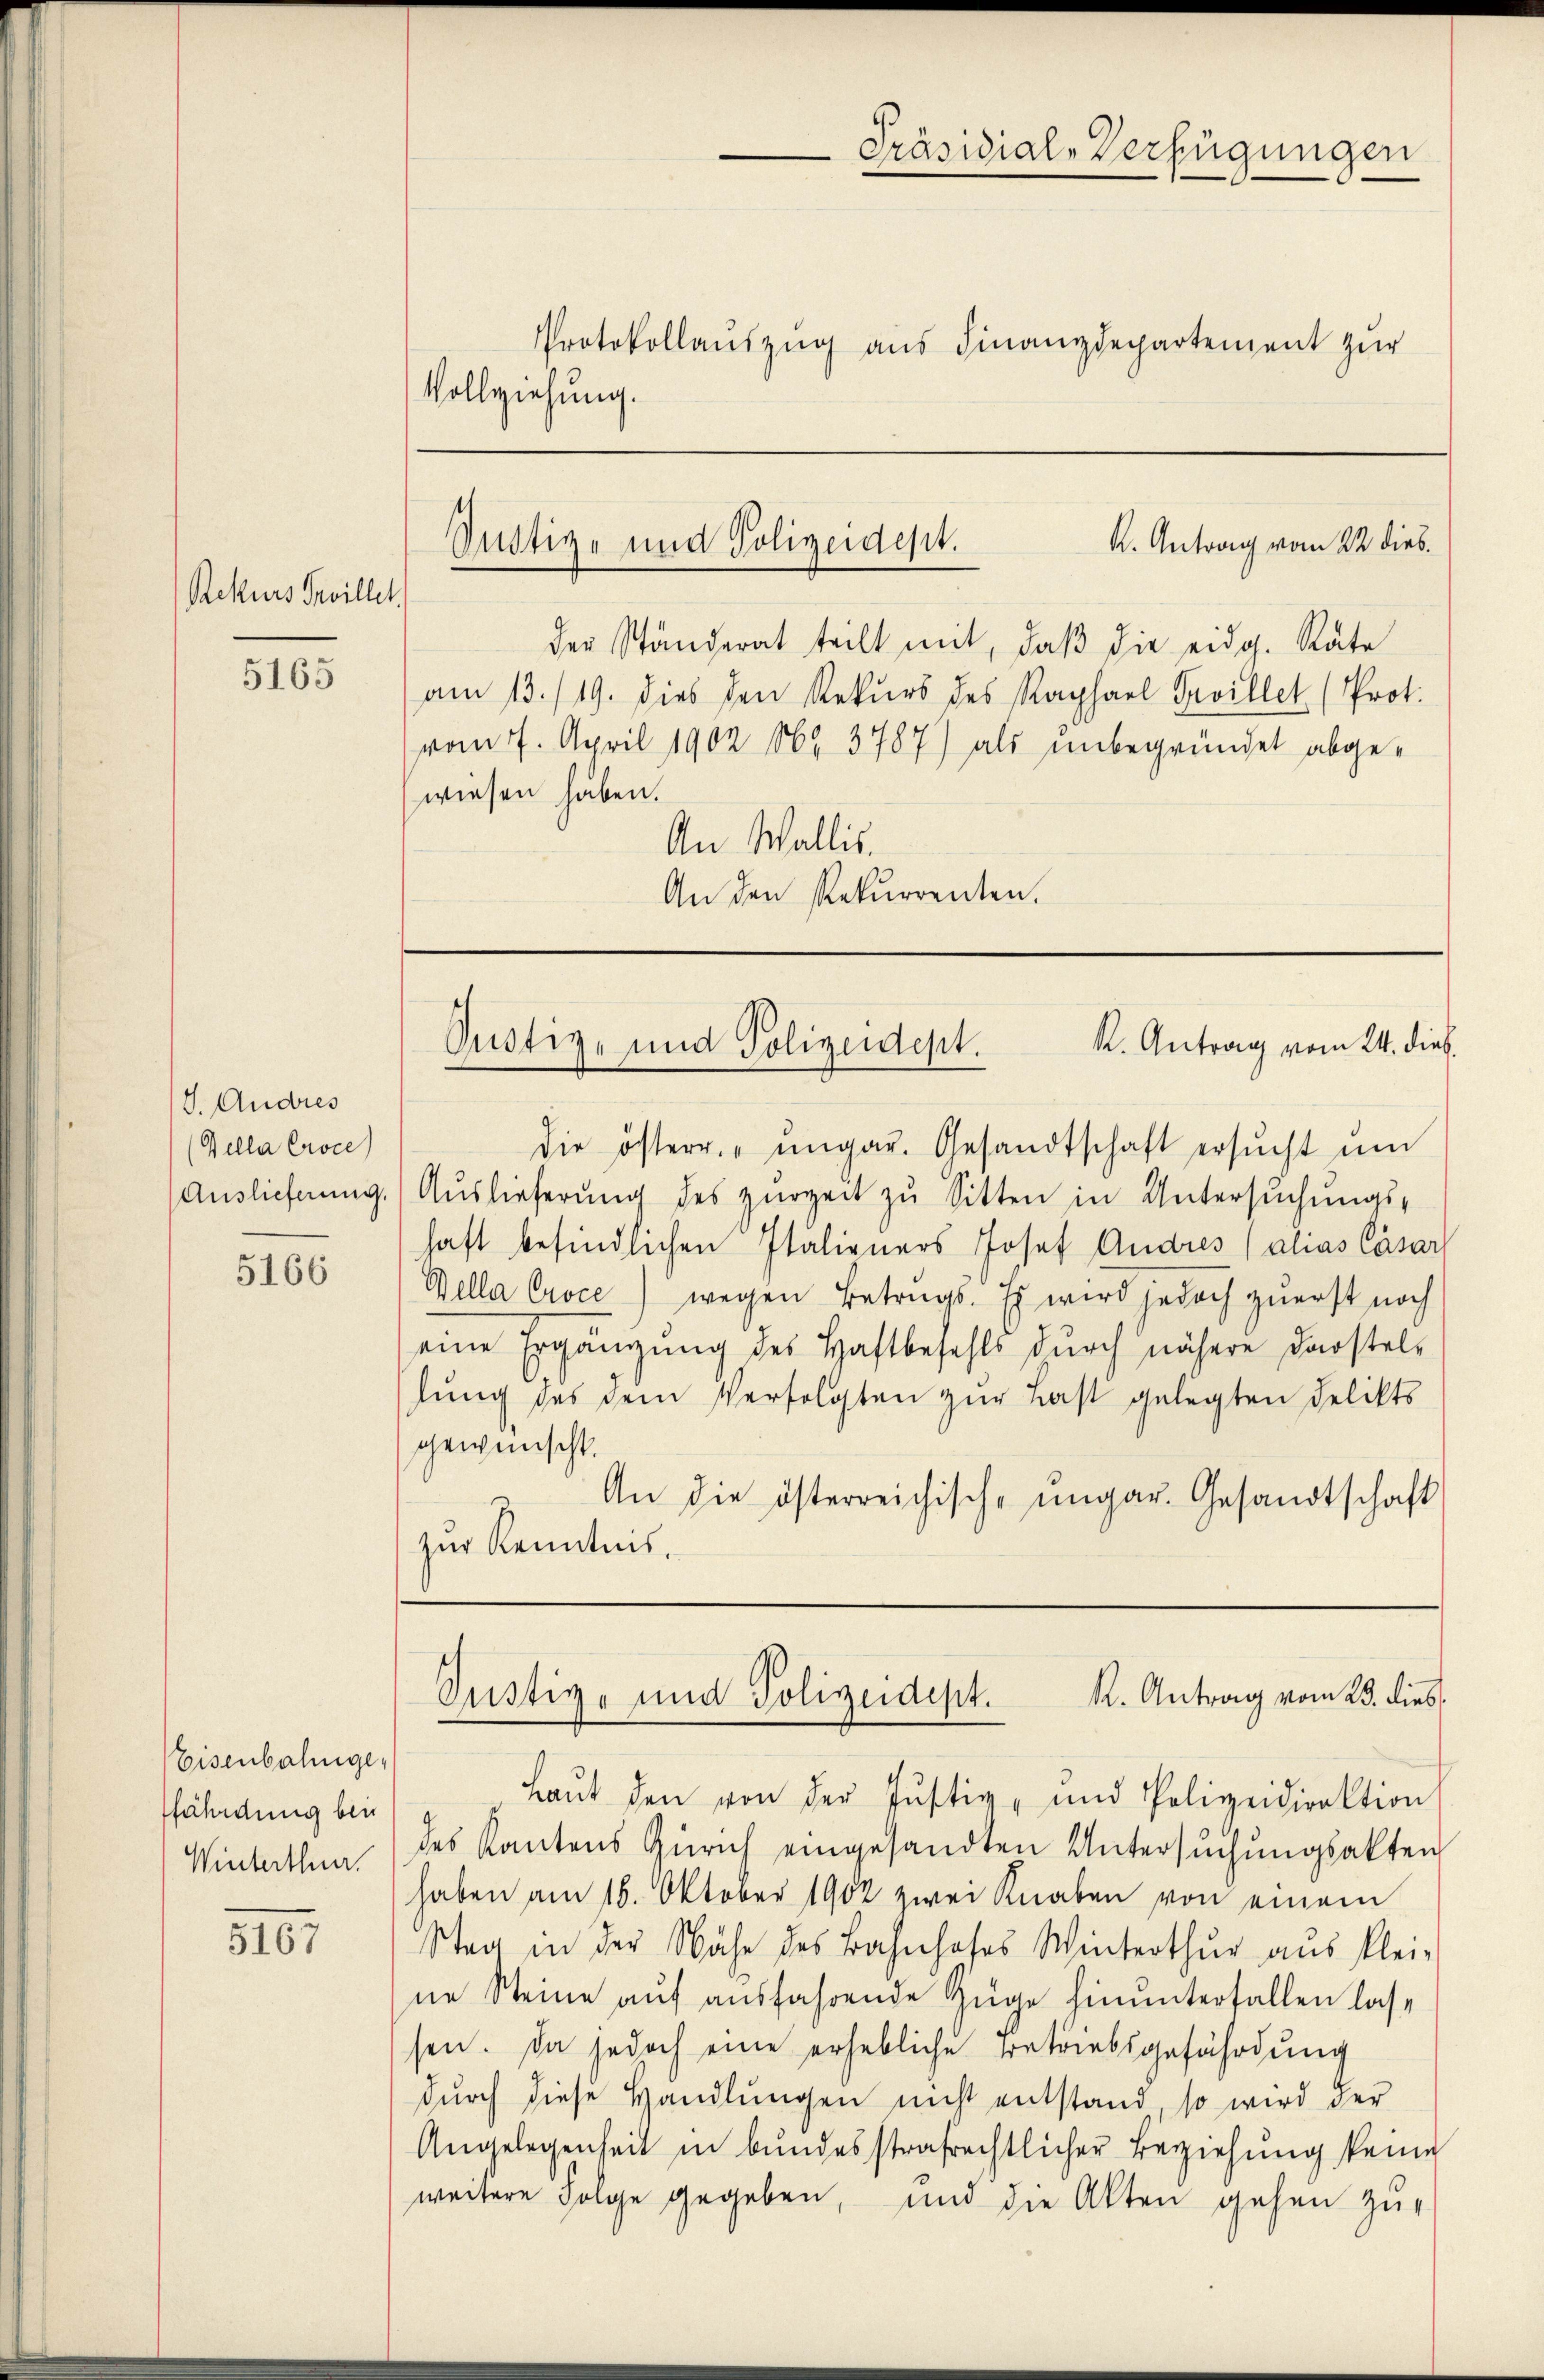
Rekurs Sevillet,

5165

J. Andres
(Wella Proce

5166

Eisenbahnige,
ffährdung bei
Winterthur.

3101

Präsidial-Verfügungen
e
Protokollauszug aus Finanzdepartement zur
Vollziehung.

der Ständerat teilt mit, daβ die eidg. Räte
am 13./19. dies den Rekurs des Raphael Servillet (Prot.
vom 7. April 1902 No 3787) als unbegründet abgewiesen haben.
An Wallis.
An den Rekurrenten.

die österr. ungar. Gesandtschaft ersŭcht ŭm
(Auslieferung.) Auslieferŭng des zŭrzeit zu Sitten in Untersuchungs-
haft befindlichen Italieners Josef Andres (alias Cäsar
Bella Croce) wegen Betrugs. Es wird jedoch zuerst noch
eine Ergängung des Haftbefehls durch nähere Darstellung des dem Verfolgten zur Last gelegten Delikts
gewünscht.
An die österreichische ungar. Gesandtschaft
zŭr Kenntnis.

K. Antrag vom 22 dies
Süstige und Polizeidept.

K. Antrag vom 24. dies
Pustiz- und Polizeidept.

K. Antrag vom 23. dies
Justiz- und Polizeidept.

Laŭt den von der Justiz- und Polizeidirektion
des Kantons Zürich eingesandten Untersŭchŭngsakten
haben am 18. Oktober 1902 zwei Knaben von einem
Stea in der Nähe des Bahnhofes Winterthur aus klei-
ne Steine auf ausfahrende Züge hinunterfallen lassen. Da jedoch eine erhebliche Betriebsgefährdung
durch diese Handlungen nicht entstand so wird der
Angelegenheit in bundesstrafrechtlicher Beziehung keine
weitere Folge gegeben, und die Akten gehen zu-